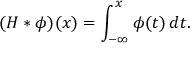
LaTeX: ( H \ast \phi ) ( x ) = \int _ { - \infty } ^ { x } \phi ( t ) \, d t .